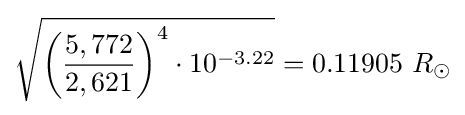
{\sqrt {{\biggl (}{\frac {5,772}{2,621}}{\biggr )}^{4}\cdot 10^{-3.22}}}=0.11905\ R_{\odot }